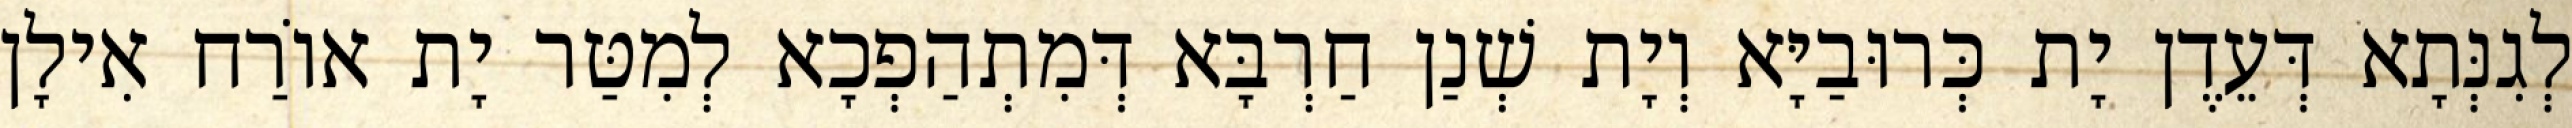
לְגִנְּתָא דְּעֵדֶן יָת כְּרוּבַיָּא וְיָת שְׁנַן חַרְבָּא דְּמִתְהַפְכָא לְמִטַּר יָת אוֹרַח אִילָן